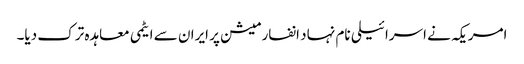
امریکہ نے اسرائیلی نام نہاد انفارمیشن پر ایران سے ایٹمی معاہدہ ترک دیا۔